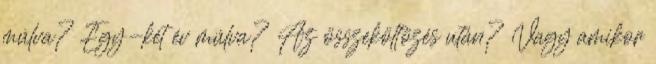
múlva? Egy-két év múlva? Az összeköltözés után? Vagy amikor